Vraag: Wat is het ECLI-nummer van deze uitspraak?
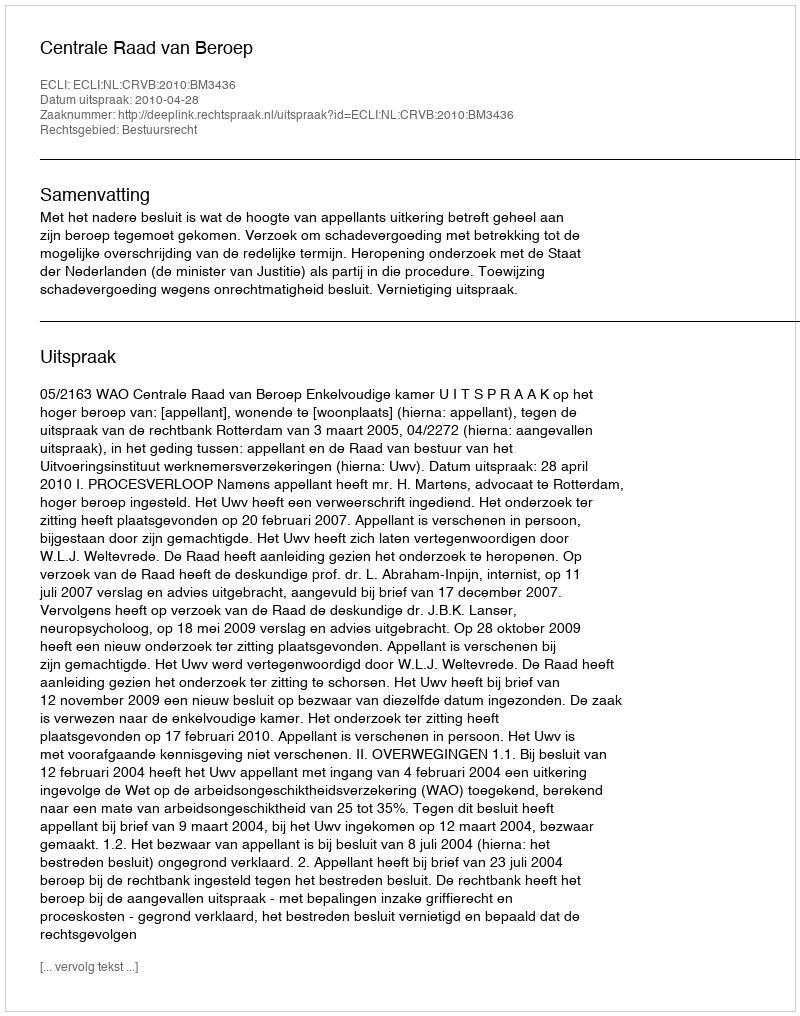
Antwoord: ECLI:NL:CRVB:2010:BM3436